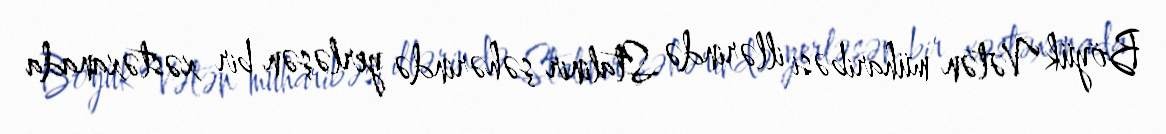
Böyük Vətən müharibəsi illərində Stalinir şəhərində yerləşən bir xəstəxanada